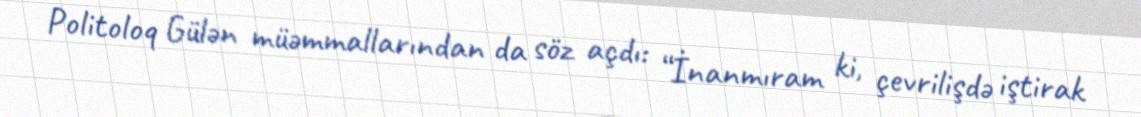
Politoloq Gülən müəmmallarından da söz açdı: “İnanmıram ki, çevrilişdə iştirak